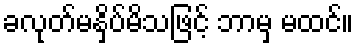
ခလုတ်မနှိပ်မိသဖြင့် ဘာမှ မထင်။